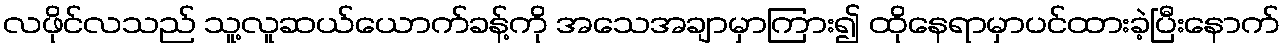
လဖိုင်လသည် သူ့လူဆယ်ယောက်ခန့်ကို အသေအချာမှာကြား၍ ထိုနေရာမှာပင်ထားခဲ့ပြီးနောက်